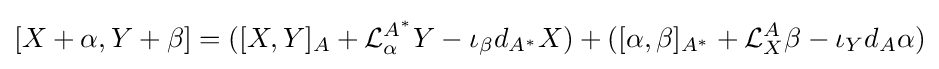
[X+\alpha ,Y+\beta ]=([X,Y]_{A}+{\mathcal {L}}_{\alpha }^{A^{*}}Y-\iota _{\beta }d_{A^{*}}X)+([\alpha ,\beta ]_{A^{*}}+{\mathcal {L}}_{X}^{A}\beta -\iota _{Y}d_{A}\alpha )